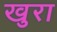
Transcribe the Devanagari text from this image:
खुरा